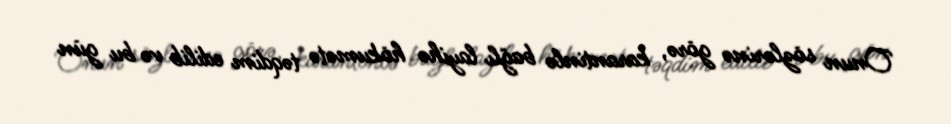
Onun sözlərinə görə, karantinlə bağlı layihə hökumətə təqdim edilib və bu gün